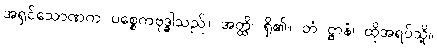
အရှင်သောဏက ပစ္စေကဗုဒ္ဓါသည်။ အတ္ထိ၊ ရှိ၏။ တံ ဋ္ဌာနံ၊ ထိုအရပ်သို့။